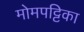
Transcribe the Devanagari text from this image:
मोमपट्टिका